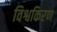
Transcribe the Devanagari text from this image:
विश्वकिरण